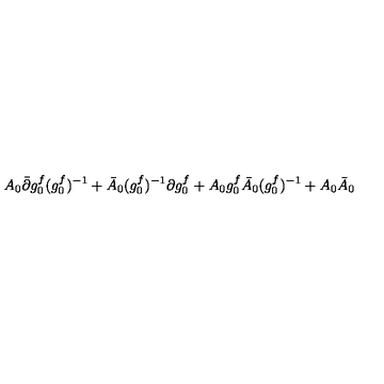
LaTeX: A _ { 0 } \bar { \partial } g _ { 0 } ^ { f } ( { g _ { 0 } ^ { f } } ) ^ { - 1 } + \bar { A } _ { 0 } ( { g _ { 0 } ^ { f } } ) ^ { - 1 } \partial g _ { 0 } ^ { f } + A _ { 0 } g _ { 0 } ^ { f } \bar { A } _ { 0 } ( { g _ { 0 } ^ { f } } ) ^ { - 1 } + A _ { 0 } \bar { A } _ { 0 }